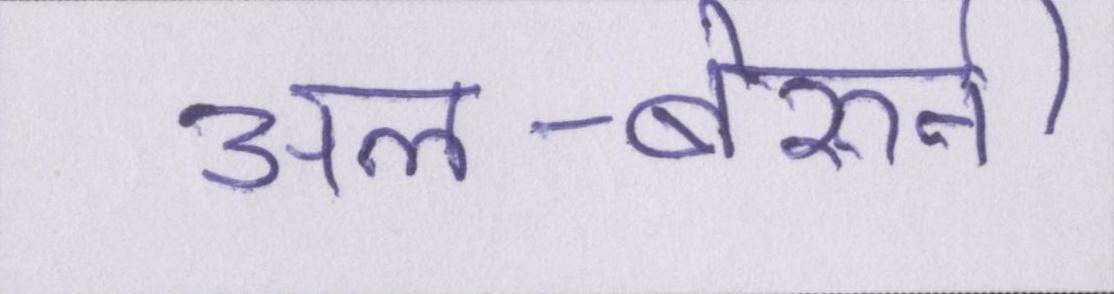
अल-बेरुनी